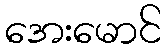
အေးမောင်